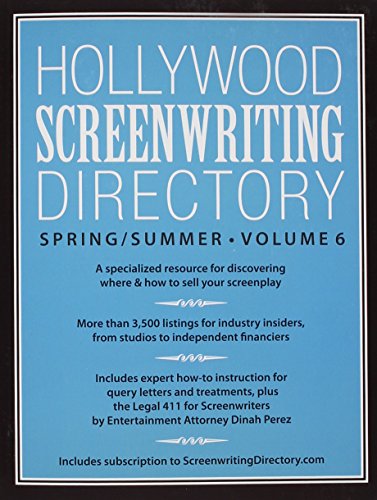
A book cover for Hollywood Screenwriting Directory Spring/Summer Volume 6: A Specialized Resource for Discovering Where & How to Sell Your Screenplay; Writer's Store Editors; Humor & Entertainment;